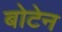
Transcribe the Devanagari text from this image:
बोटेन